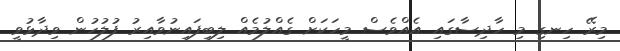
މިރޭ ހިނގި މި ހާދިސާގައި އެއްވެސް މީހަކަށް ގެއްލުމެއް ލިބިފައިނުވާއިރު ފުލުހުން ވިދާޅުވީ